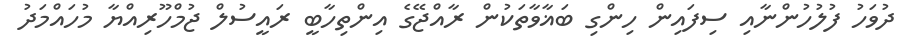
ދުވަހު ފުލުހުންނާއި ސިފައިން ހިންގި ބަޣާވާތަކުން ރާއްޖޭގެ އިންތިހާބީ ރައީސުލް ޖުމްހޫރިއްޔާ މުހައްމަދު